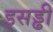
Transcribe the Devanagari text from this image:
इसड्ढी